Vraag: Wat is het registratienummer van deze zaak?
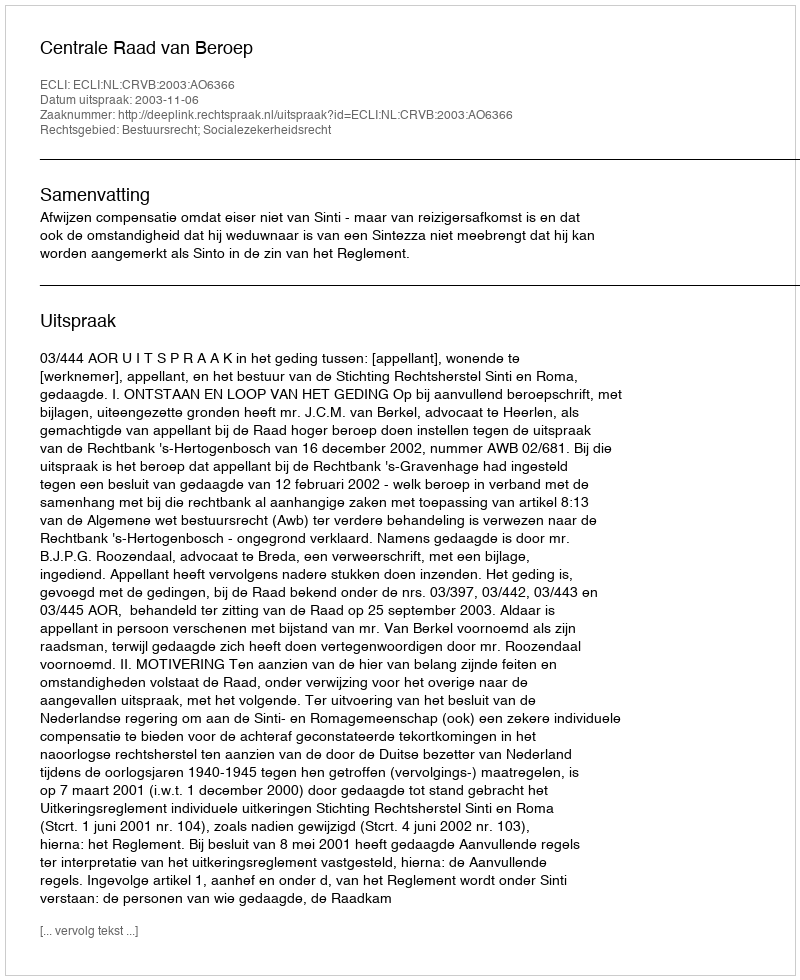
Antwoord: http://deeplink.rechtspraak.nl/uitspraak?id=ECLI:NL:CRVB:2003:AO6366